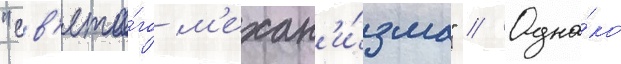
"св'ято́го м'ехан'и́зма" // Одна́ко